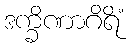
ဒက္ခိဏာဂိရိံ